Medical and sanitary report of the native army of Bengal for the year
Year: 1874
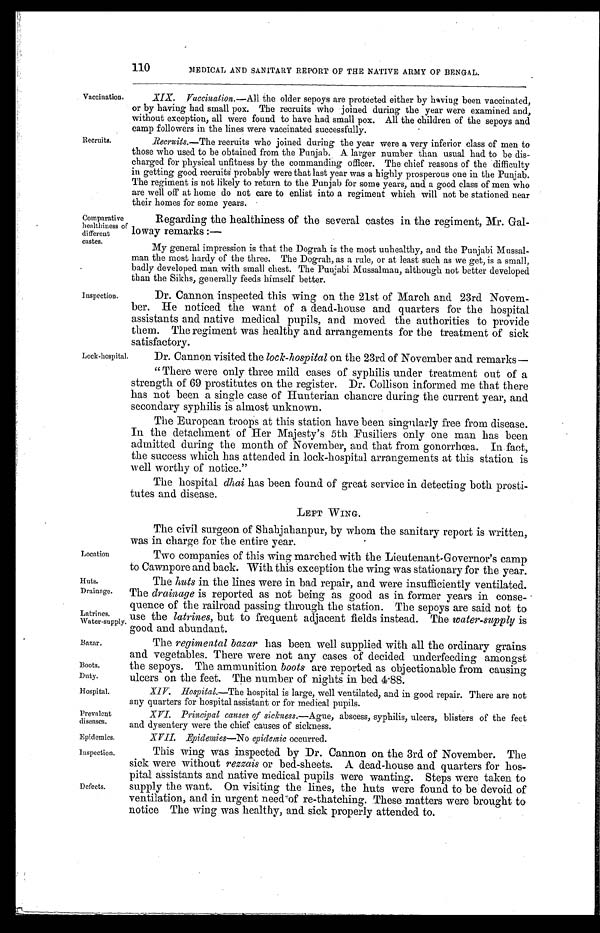
110
MEDICAL AND SANITARY REPORT OF THE NATIVE ARMY OF BENGAL.
Vaccination.
Recruits.
Comparative
healthiness of
different
castes.
Inspection.
Lock-hospital.
XIX. Vaccination.—All the older sepoys are protected either by having been vaccinated,
or by having had small pox. The recruits who joined during the year were examined and,
without exception, all were found to have had small pox. All the children of the sepoys and
camp followers in the lines were vaccinated successfully.
Recruits.—The recruits who joined during the year were a very inferior class of men to
those who used to be obtained from the Punjab. A larger number than usual had to be dis-
charged for physical unfitness by the commanding officer. The chief reasons of the difficulty
in getting good recruits probably were that last year was a highly prosperous one in the Punjab.
The regiment is not likely to return to the Punjab for some years, and a good class of men who
are well off at home do not care to enlist into a regiment which will not be stationed near
their homes for some years.
Regarding the healthiness of the several castes in the regiment, Mr. Gal-
loway remarks :—
My general impression is that the Dograh is the most unhealthy, and the Punjabi Mussal-
man the most hardy of the three. The Dograh, as a rule, or at least such as we get, is a small,
badly developed man with small chest. The Punjabi Mussalman, although not better developed
than the Sikhs, generally feeds himself better.
Dr. Cannon inspected this wing on the 21st of March and 23rd Novem-
ber. He noticed the want of a dead-house and quarters for the hospital
assistants and native medical pupils, and moved the authorities to provide
them. The regiment was healthy and arrangements for the treatment of sick
satisfactory.
Dr. Cannon visited the lock-hospital on the 23rd of November and remarks
—
" There were only three mild cases of syphilis under treatment out of a
strength of 69 prostitutes on the register. Dr. Collison informed me that there
has not been a single case of Hunterian chancre during the current year, and
secondary syphilis is almost unknown.
The European troops at this station have been singularly free from disease.
In the detachment of Her Majesty's 5th Fusiliers only one man has been
admitted during the month of November, and that from gonorrhœa. In fact,
the success which has attended in lock-hospital arrangements at this station is
well worthy of notice."
The hospital dhai has been found of great service in detecting both prosti-
tutes and disease.
LEFT WING.
Location
The civil surgeon of Shahjahanpur, by whom the sanitary report is written,
was in charge for the entire year.
Two companies of this wing marched with the Lieutenant-Governor's camp
to Cawnpore and back. With this exception the wing was stationary for the year.
Huts.
Drainage.
Latrines.
Water-supply.
The huts in the lines were in bad repair, and were insufficiently ventilated.
The drainage is reported as not being as good as in former years in conse-
quence of the railroad passing through the station. The sepoys are said not to
use the latrines, but to frequent adjacent fields instead. The water-supply is
good and abundant.
Bazar.
Boots.
Duty.
Hospital.
Prevalent
diseases.
Epidemics.
The regimental bazar has been well supplied with all the ordinary grains
and vegetables. There were not any cases of decided underfeeding amongst
the sepoys. The ammunition boots are reported as objectionable from causing
ulcers on the feet. The number of nights in bed 4.88.
XIV. Hospital.—The hospital is large, well ventilated, and in good repair. There are not
any quarters for hospital assistant or for medical pupils.
XVI. Principal causes of sickness.—Ague, abscess, syphilis, ulcers, blisters of the feet
and dysentery were the chief causes of sickness.
XVII. .Epidemies—No epidemic occurred.
Inspection.
Defects.
This wing was inspected by Dr. Cannon on the 3rd of November. The
sick were without rezzais or bed-sheets. A dead-house and quarters for hos-
pital assistants and native medical pupils were wanting. Steps were taken to
supply the want. On visiting the lines, the huts were found to be devoid of
ventilation, and in urgent need-of re-thatching. These matters were brought to
notice The wing was healthy, and. sick properly attended to.